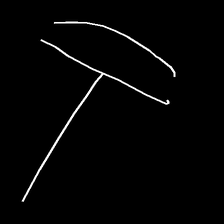
Glyph: dispersion